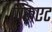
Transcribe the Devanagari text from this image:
पिरूएट